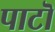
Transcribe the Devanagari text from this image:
पाटॊ